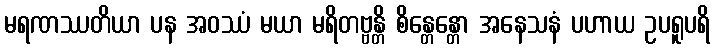
မရဏဿတိယာ ပန အဝဿံ မယာ မရိတဗ္ဗန္တိ စိန္တေန္တော အနေသနံ ပဟာယ ဥပရူပရိ